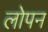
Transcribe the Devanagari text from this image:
लोपन